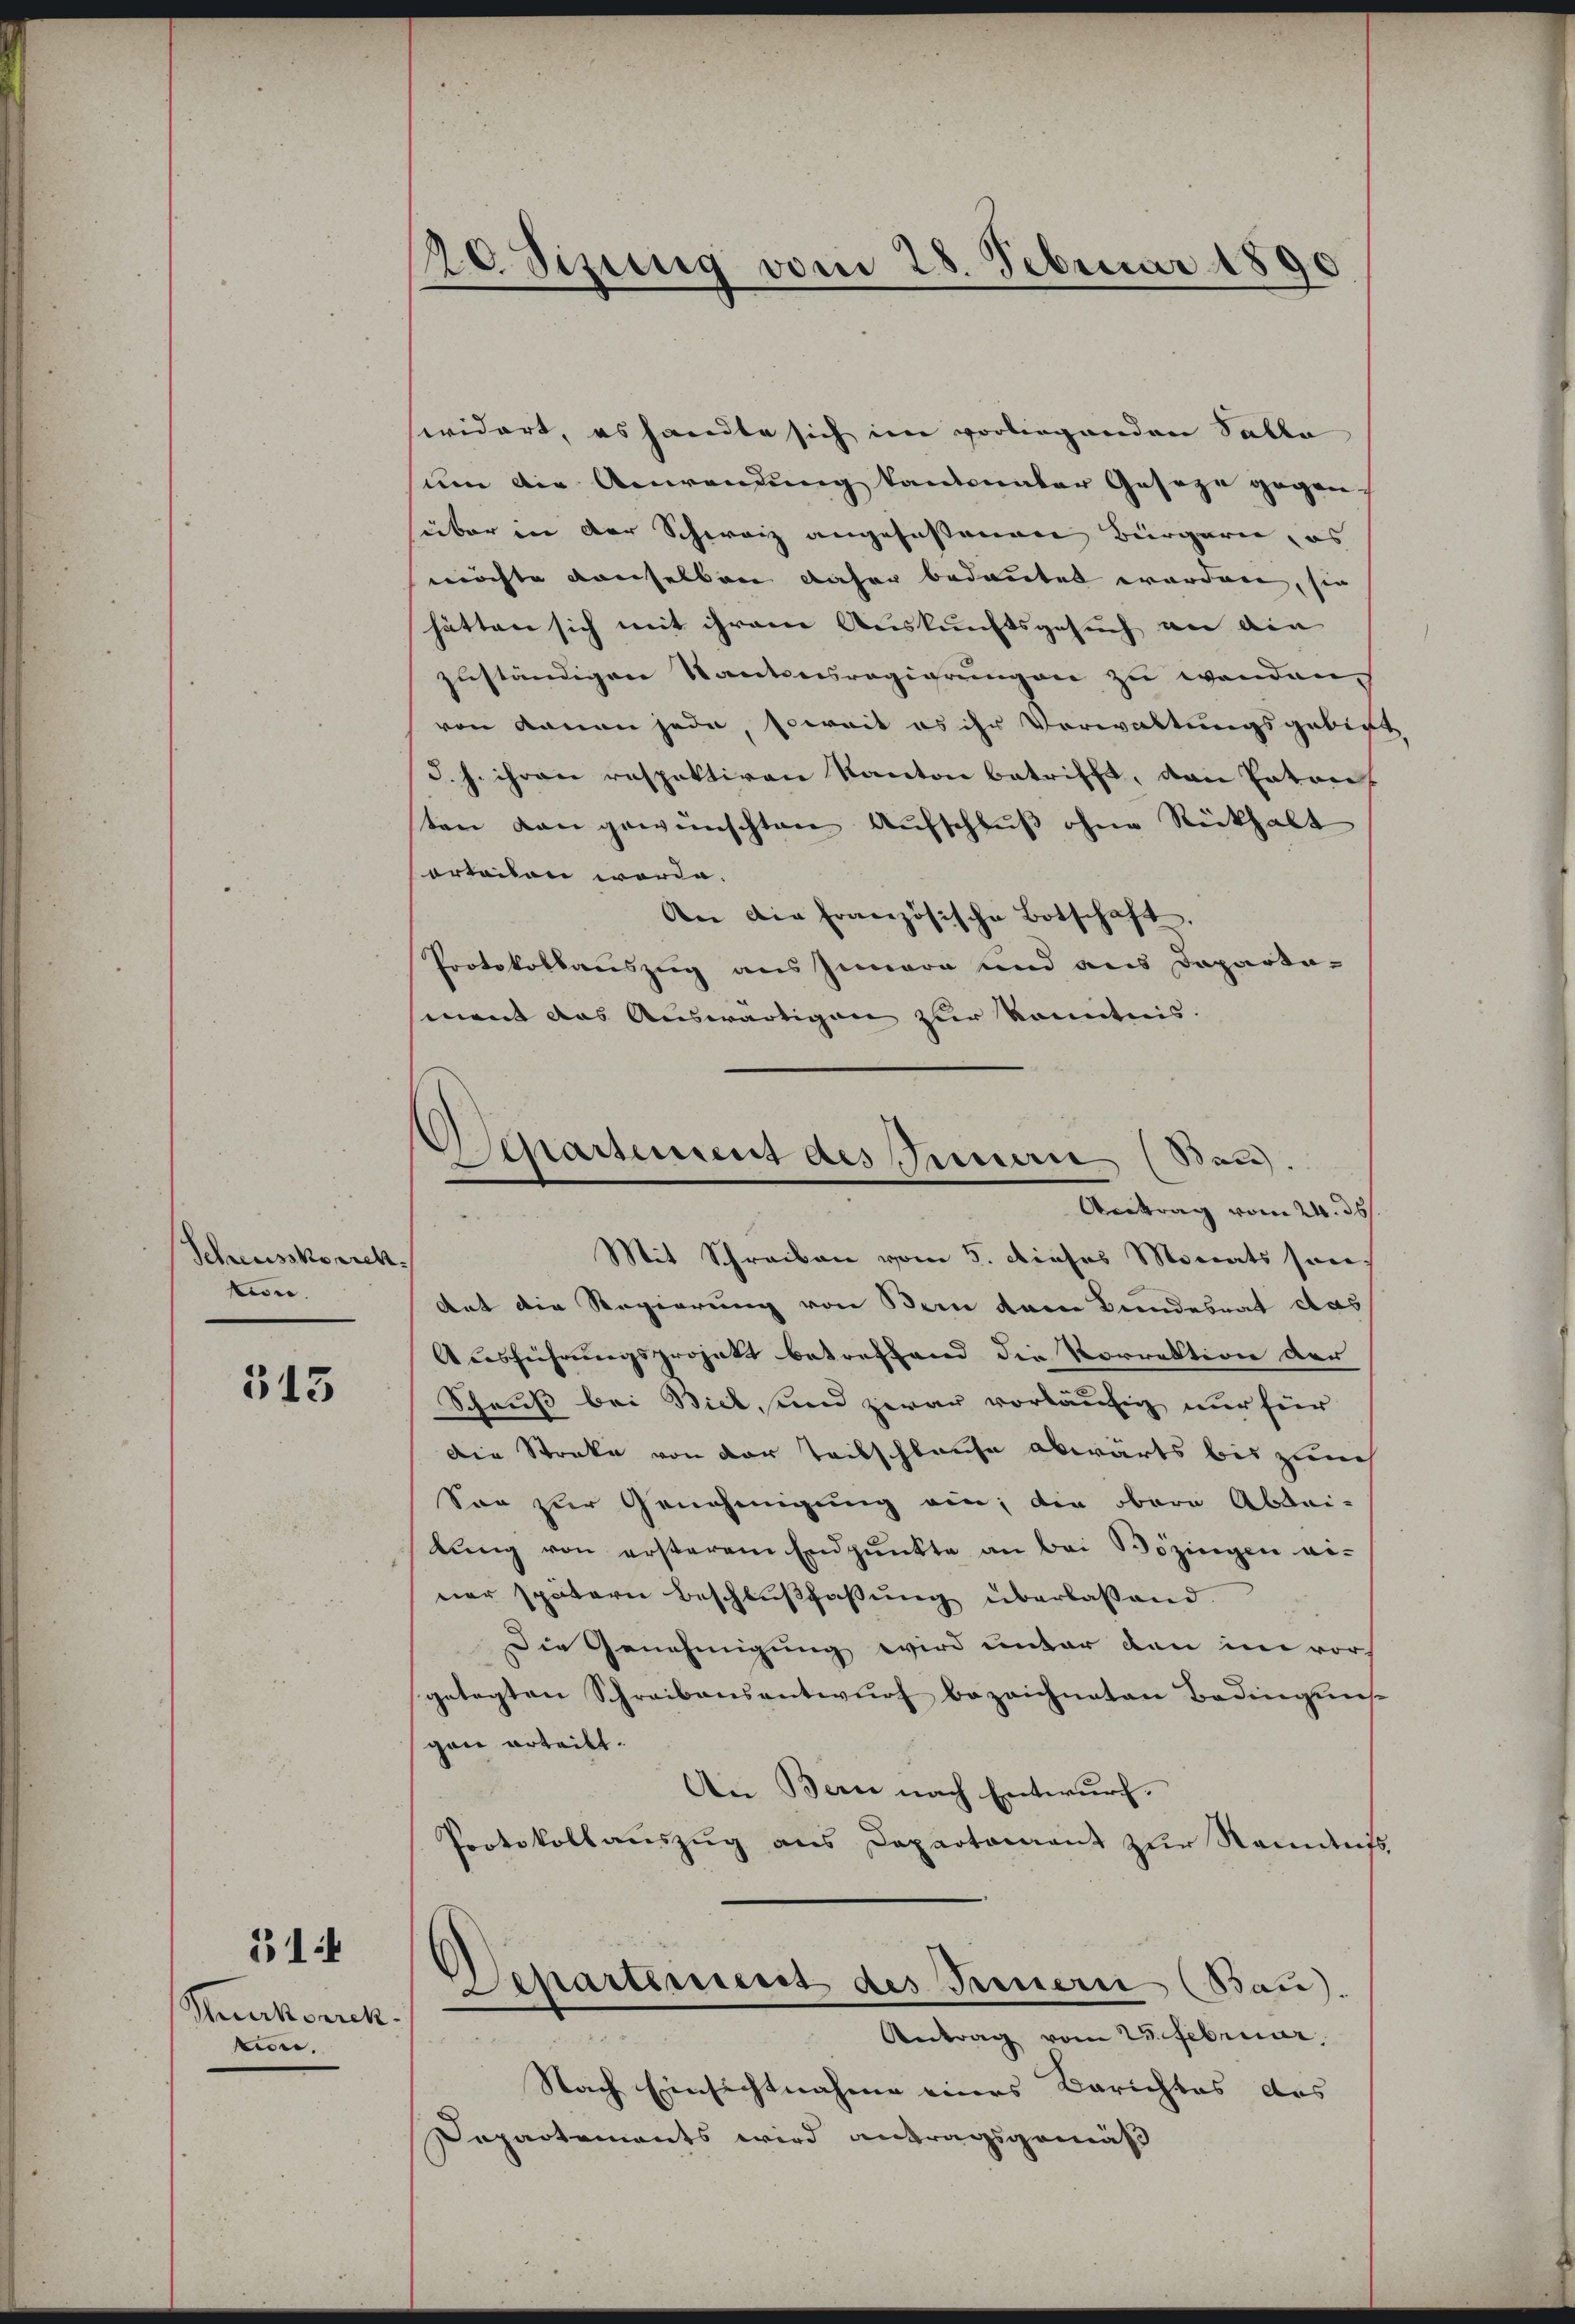
Schreusskorrich
tion.

513

Stuckorrek
i.

31f

20 Sizung vom 28. Februar 1890

Separtement des Innern (Bau.
Antrag vom 24. ds.

widert, es handte sich im vorliegenden Falle
um die Anwendung kantonaler Geseze gegen-
über in der Schweiz angefassenen Bürgerie, es
möchte denselben daher bedeutet worden, sie
hätten sich mit ihrem Auskunftsgesuch an die
zuständigen Kantonsregierungen zu wenden.
von kanon jede, soweit es ihr Verwaltungsgebir
d. h. ihren respektiven Kanton betrifft, den Entref
ten von gewünschten Aufschluß ohne Rückhalt
orteilen worde.
An die französische Botschaft,
Protokollauszug aus Innern und aus Departa-
ment das Auswärtigen zur Kenntnis.
Mit Schreiben vom 5. dieses Monats seie
Ant die Regierung von Bern dem Bundesrat das
Ausführungsprojekt betreffend die Korrektion der
Schuß bei Biel, und zwar vorläufig nur für
Die Streke von der Teilschlaufe abwärts bis zum
Son zur Genehmigung ein; die obern Abdai-
lŭng von ersterem Endpŭnkte an bei Bözingen ei-
ner spätern Beschlußfassung überlassend.
Die Genehmigung wird unter den im vor
getagten Schreibensentwurf bezeichneten Bedinguns
gan erteilt.
An Bern nach Entwurf.
Protokollaŭszŭg ans Departamant zŭr Nament
Departement des Treuern (Bau).
Antrag vom 25. Februar,
Nach Einsichtnahme eines Berichtes des
Dapartements wird antragsgemäß